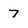
Character: 7